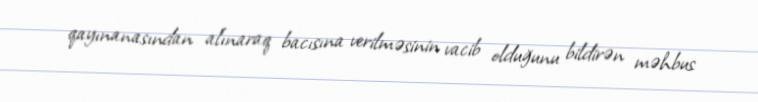
qayınanasından alınaraq bacısına verilməsinin vacib olduğunu bildirən məhbus